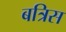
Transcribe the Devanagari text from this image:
बत्रिस